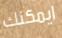
ايمكنك